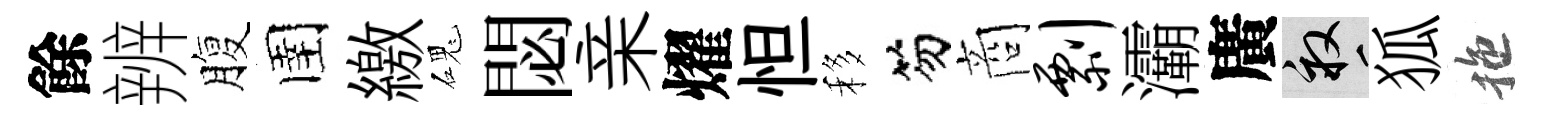
餘辨腹圉繳磈閟亲燿怛移笏商剽灞廣畝狐拖